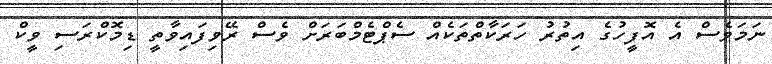
ނަމަވެސް އެ އޮފީހުގެ އިތުރު ހަރަކާތްތަކެއް ސެޕްޓެމްބަރަށް ވެސް ރޭވިފައިވާތީ ޑިމޮކްރަސި ވީކް